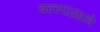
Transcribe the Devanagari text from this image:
बल्लाळाने